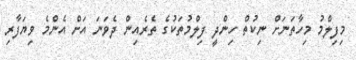
މިފިލްމު މިހާތަނަށް ނިކުތް ހިންދީ ފިލްމުތަކުގެ ތެރެއިން ދެވަނަ އަށް އެންމެ ވިޔަފާރި